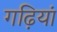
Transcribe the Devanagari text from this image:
गढ़ियां